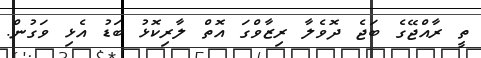
ތީ ރާއްޖޭގެ ބަޖެ ދޮވެލާ ރިޒާވްގަ އޮތް ލާރިކޮޅު ބަޑު އެޅި ވަގުން.